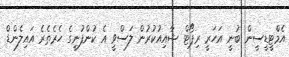
އެމްޓީޑީސީން ބުނީ އަހަރީ ރިޕޯޓް ޝާއިއުކުރުން ލަސްވީ އެ ކުންފުނީގެ ހެރެތެރެ އައިލެންޑް